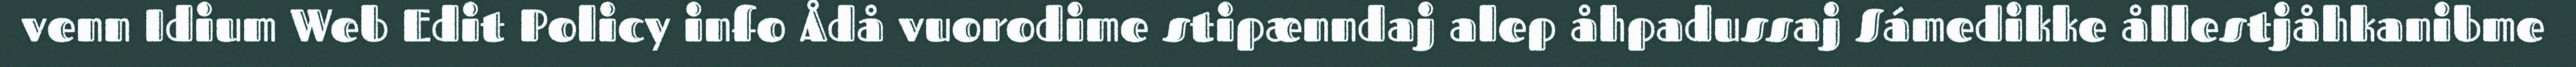
venn Idium Web Edit Policy info Ådå vuorodime stipænndaj alep åhpadussaj Sámedikke ållestjåhkanibme